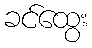
ခင်ထွေး